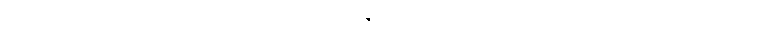
ဤသို့လုပ်ကြံစဉ်တွင် ကိုယ်တော်မကျန်းမာသည်နှင့် ပြန် လာရာ မုတ္တမ ကျေးကင်းရွာသို့ အရောက်တွင်